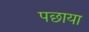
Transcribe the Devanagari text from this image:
पछाया